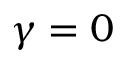
\gamma = 0